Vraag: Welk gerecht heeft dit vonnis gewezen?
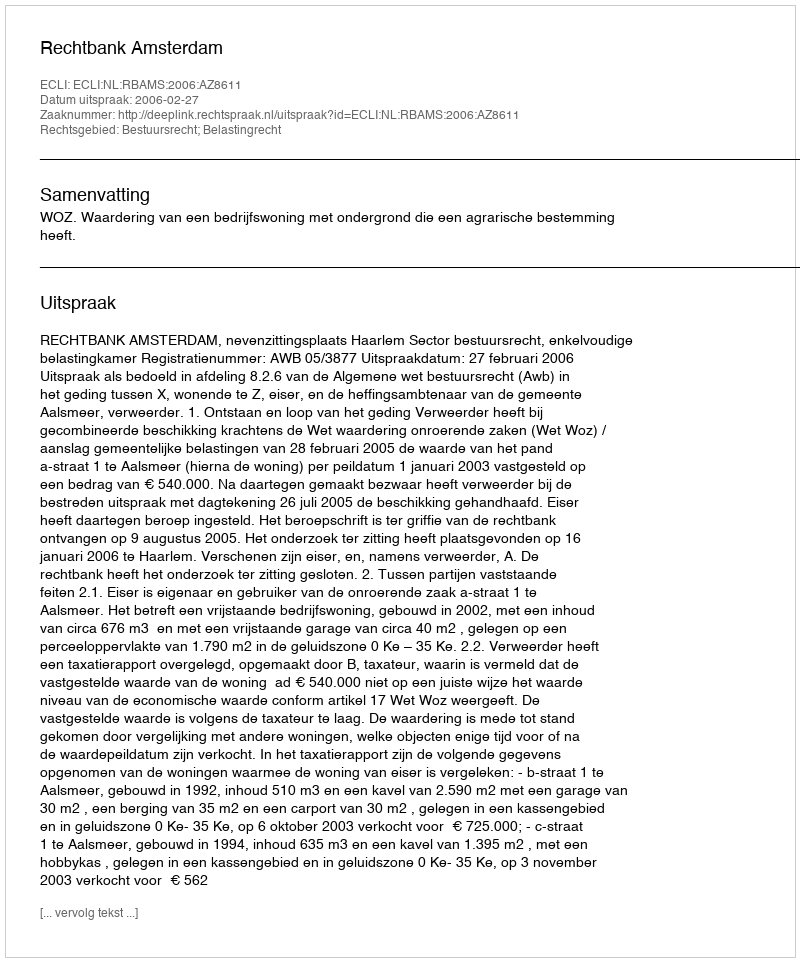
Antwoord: Rechtbank Amsterdam